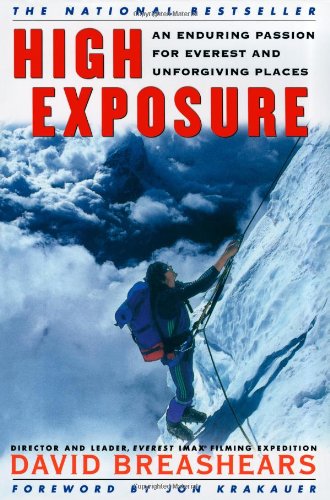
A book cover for High Exposure: An Enduring Passion for Everest and Unforgiving Places; David Breashears; Humor & Entertainment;